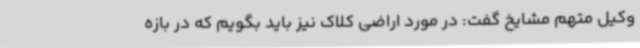
وکیل متهم مشایخ گفت: در مورد اراضی کلاک نیز باید بگویم که در بازه